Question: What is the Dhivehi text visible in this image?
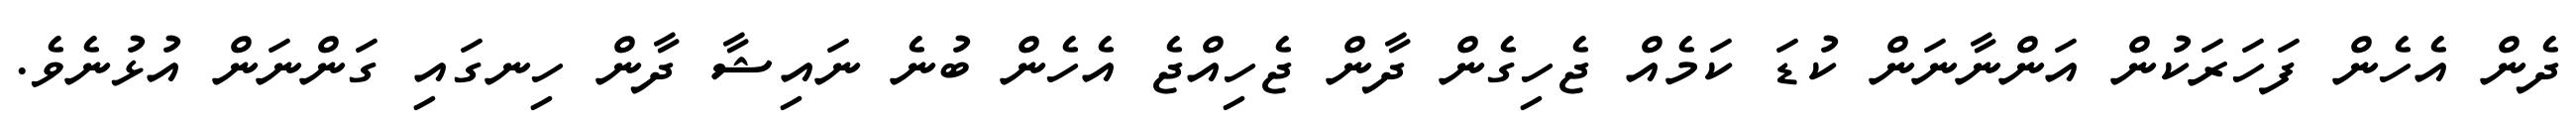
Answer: ދެން އެހެން ފަހަރަކުން އަންނާނަން ކުޑަ ކަމެއް ޖެހިގެން ދާން ޖެހިއްޖެ އެހެން ބުނެ ނައިޝާ ދާން ހިނގައި ގަންނަން އުޅުނެވެ.